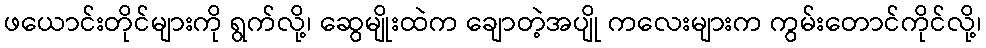
ဖယောင်းတိုင်များကို ရွက်လို့၊ ဆွေမျိုးထဲက ချောတဲ့အပျို ကလေးများက ကွမ်းတောင်ကိုင်လို့၊